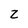
Character: z